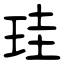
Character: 珪